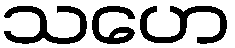
သဟေ